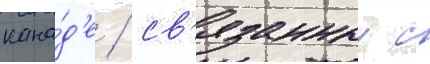
кана́д'е / св'язанныи с